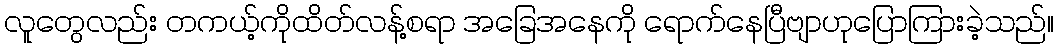
လူတွေလည်း တကယ့်ကိုထိတ်လန့်စရာ အခြေအနေကို ရောက်နေပြီဗျာဟုပြောကြားခဲ့သည်။